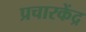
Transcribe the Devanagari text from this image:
प्रचारकेंद्र